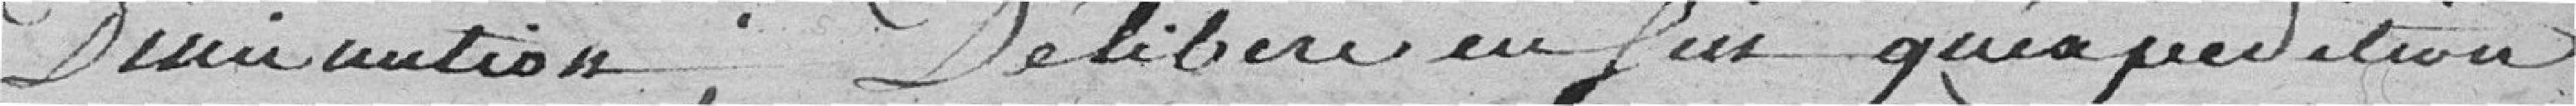
Diminution; Délibère en fin qu'expédition